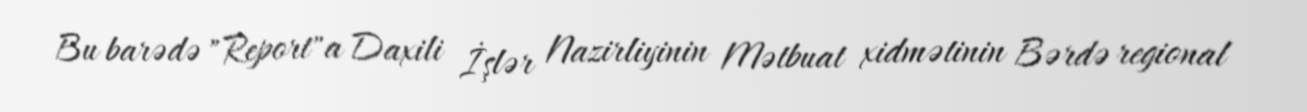
Bu barədə "Report"a Daxili İşlər Nazirliyinin Mətbuat xidmətinin Bərdə regional